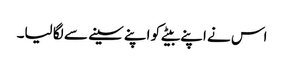
اس نے اپنے بیٹے کو اپنے سینے سے لگا لیا۔